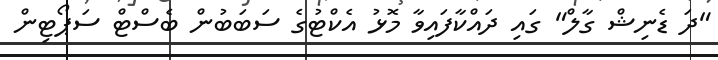
"ދަ ޑެނިޝް ގާލް" ގައި ދައްކާފައިވާ މޮޅު އެކްޓުގެ ސަބަބުން ބެސްޓް ސަޕޯޓިން